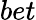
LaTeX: bet